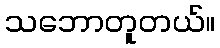
သဘောတူတယ်။